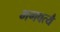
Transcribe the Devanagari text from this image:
भगवत्यै